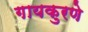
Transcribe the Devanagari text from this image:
गायकुरणे